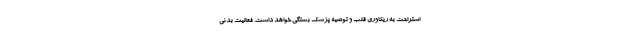
استراحت به ریکاوری قلب و توصیه پزشک بستگی خواهد داشت. فعالیت بدنی